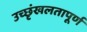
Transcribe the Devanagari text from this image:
उच्छृंखलतापूर्ण